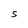
Character: S